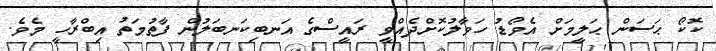
ކޮކޯ ޙަސަން ޙަލީމަށް އެވޯޑު ހަވާލުކޮށްދެއްވީ ރައީސްގެ އަނބިކަނބަލުން ފާތުމަތު އިބްރާހީ މެވެ.